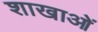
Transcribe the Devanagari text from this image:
शाखाआें